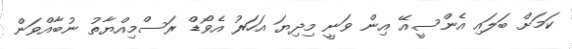
ކަމަށް ބަލައި އެންސީއޭ އިން ވަނީ މިދިޔަ އަހަރު އެވޯޑް ރަސްމިއްޔާތު ނުބާއްވަން